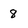
Character: 8